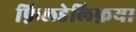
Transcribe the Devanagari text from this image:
फ़िलडेल्फ़िया